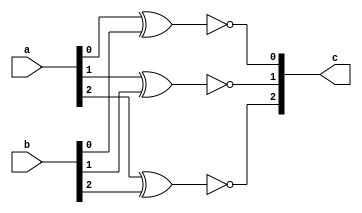
`timescale 1ns / 1ps
//////////////////////////////////////////////////////////////////////////////////
// Company: 
// Engineer: 
// 
// Design Name: 
// Module Name:    Xnor_gate 
// Project Name: 
// Target Devices: 
// Tool versions: 
// Description: 
//
// Dependencies: 
//
// Revision: 
// Revision 0.01 - File Created
// Additional Comments: 
//
//////////////////////////////////////////////////////////////////////////////////
module Xnor_gate(
input wire [2:0] a,b,
output wire [2:0] c
    );
assign c[0]=~(a[0]^b[0]); 
assign c[1]=~(a[1]^b[1]);
assign c[2]=~(a[2]^b[2]);

endmodule